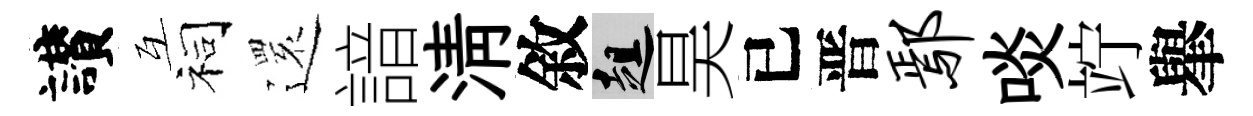
讃互祠𮟃諳清敘趄昊已晋鄢啖竚𦦙